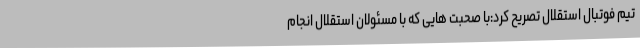
تیم فوتبال استقلال تصریح کرد:با صحبت هایی که با مسئولان استقلال انجام